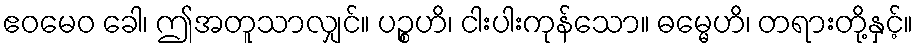
ဧဝမေဝ ခေါ၊ ဤအတူသာလျှင်။ ပဉ္စဟိ၊ ငါးပါးကုန်သော။ ဓမ္မေဟိ၊ တရားတို့နှင့်။